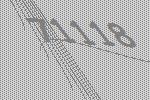
71118